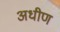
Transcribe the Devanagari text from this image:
अधीण